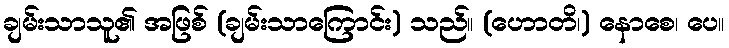
ချမ်းသာသူ၏ အဖြစ် (ချမ်းသာကြောင်း) သည်။ (ဟောတိ၊) နောစေ၊ ပေ။